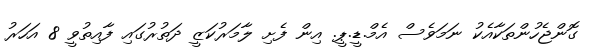
ގޮންޖެހުންތަކާއެކު ނަމަވެސް އެމް.ޑީ.ޕީ. އިން ފެށި ލާމަރުކަޒީ ދަތުރުގައި ފާއިތުވީ 8 އަހަރު